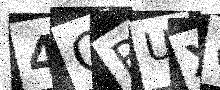
Text: 4GRUX6